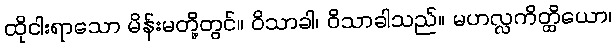
ထိုငါးရာသော မိန်းမတို့တွင်။ ဝိသာခါ၊ ဝိသာခါသည်။ မဟလ္လကိတ္ထိယော၊